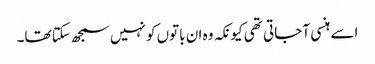
اسے ہنسی آ جاتی تھی کیونکہ وہ ان باتوں کو نہیں سمجھ سکتا تھا۔